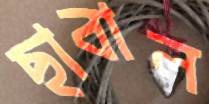
ছাবাল